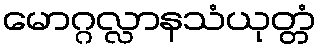
မောဂ္ဂလ္လာနသံယုတ္တံ